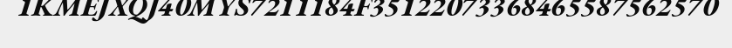
1KMEJXQJ40MYS7211184F35122073368465587562570